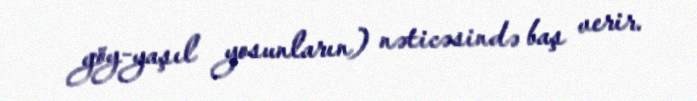
göy-yaşıl yosunların) nəticəsində baş verir.